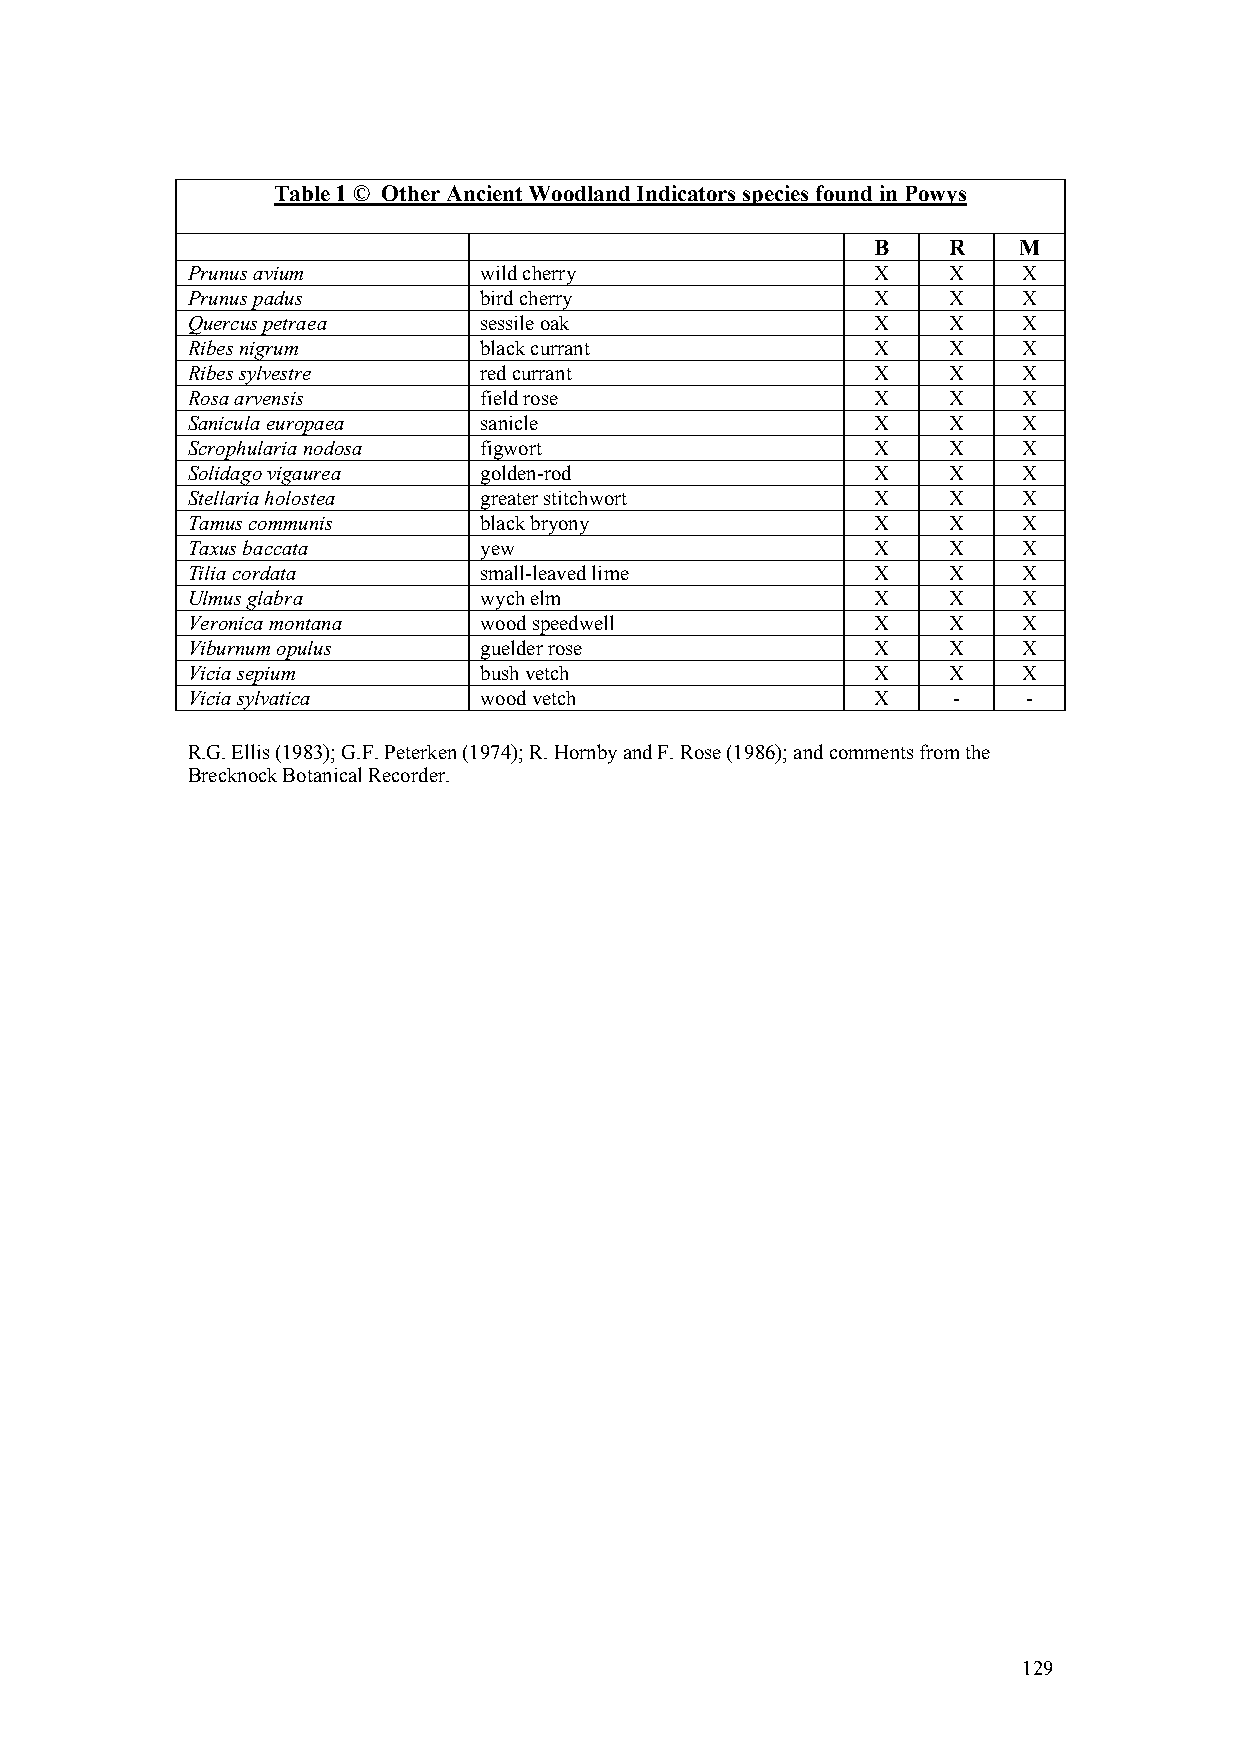
Table 1 © Other Ancient Woodland Indicators species found in Powys
 B    R   M
 Prunus avium        wild cherry               X    X    X
 Prunus padus        bird cherry               X    X    X
 Quercus petraea     sessile oak               X    X    X
 Ribes nigrum        black currant             X    X    X
 Ribes sylvestre     red currant               X    X    X
 Rosa arvensis       field rose                X    X    X
 Sanicula europaea   sanicle                   X    X    X
 Scrophularia nodosa figwort                   X    X    X
 Solidago vigaurea   golden-rod                X    X    X
 Stellaria holostea  greater stitchwort        X    X    X
 Tamus communis      black bryony              X    X    X
 Taxus baccata       yew                       X    X    X
 Tilia cordata       small-leaved lime         X    X    X
 Ulmus glabra        wych elm                  X    X    X
 Veronica montana    wood speedwell            X    X    X
 Viburnum opulus     guelder rose              X    X    X
 Vicia sepium        bush vetch                X    X    X
 Vicia sylvatica     wood vetch                X    -    -
 R.G. Ellis (1983); G.F. Peterken (1974); R. Hornby and F. Rose (1986); and comments from the
 Brecknock Botanical Recorder.
 129